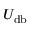
U _ { \mathrm { d b } }